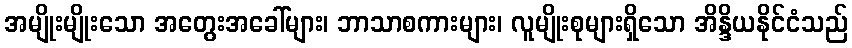
အမျိုးမျိုးသော အတွေးအခေါ်များ၊ ဘာသာစကားများ၊ လူမျိုးစုများရှိသော အိန္ဒိယနိုင်ငံသည်